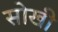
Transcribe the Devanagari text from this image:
सोखी